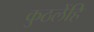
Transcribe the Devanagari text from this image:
कुठलेंहि